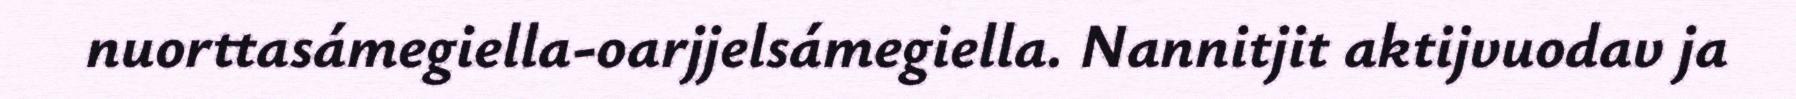
nuorttasámegiella-oarjjelsámegiella. Nannitjit aktijvuodav ja